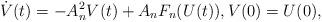
LaTeX: \begin{align*}\dot V(t)=-A_n^2V(t)+A_nF_n(U(t)),V(0)=U(0),\end{align*}